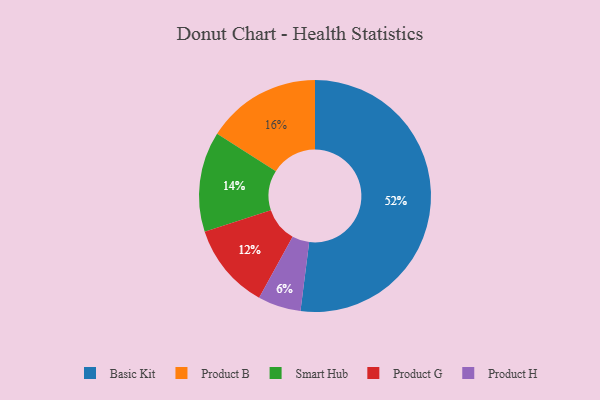
{"axis": {"x": "Category", "y": "Percentage"}, "legend": ["Basic Kit", "Product B", "Product G", "Product H", "Smart Hub"], "data": [{"x": "Product B", "y": 16, "type": "Product B"}, {"x": "Product H", "y": 6, "type": "Product H"}, {"x": "Product G", "y": 12, "type": "Product G"}, {"x": "Smart Hub", "y": 14, "type": "Smart Hub"}, {"x": "Basic Kit", "y": 52, "type": "Basic Kit"}]}